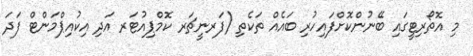
މި އޮތޯރިޓީގައި ބޭނުންކޮށްފައިހުރި ބައެއް ތަކެތި (ފަރނީޗަރ ކޮމްޕިއުޓަރ އަދި އިކުއިޕްމަންޓް ފަދަ